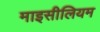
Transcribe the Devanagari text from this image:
माइसीलियम